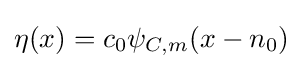
\eta (x)=c_{0}\psi _{C,m}(x-n_{0})